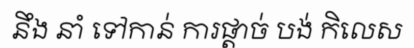
នឹង នាំ ទៅកាន់ ការផ្តាច់ បង់ កិលេស